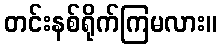
တင်းနစ်ရိုက်ကြမလား။